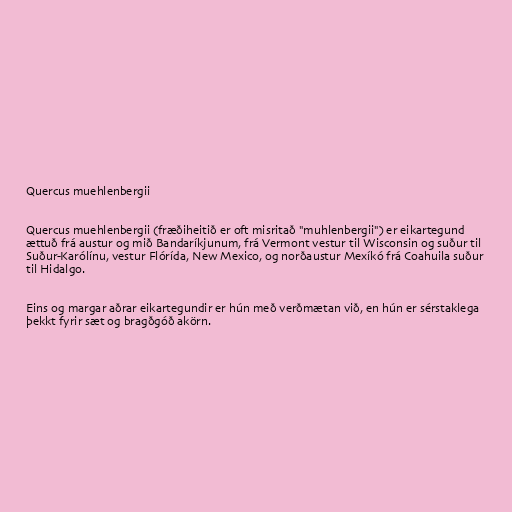
Quercus muehlenbergii

Quercus muehlenbergii (fræðiheitið er oft misritað "muhlenbergii") er eikartegund
ættuð frá austur og mið Bandaríkjunum, frá Vermont vestur til Wisconsin og suður til
Suður-Karólínu, vestur Flórída, New Mexico, og norðaustur Mexíkó frá Coahuila suður
til Hidalgo.

Eins og margar aðrar eikartegundir er hún með verðmætan við, en hún er sérstaklega
þekkt fyrir sæt og bragðgóð akörn.